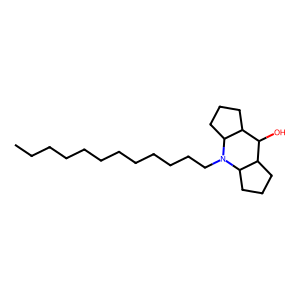
SMILES: CCCCCCCCCCCCN1C2CCCC2C(O)C2CCCC21
Inhibits HIV replication: No